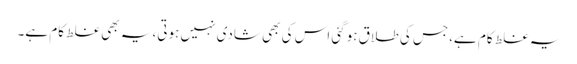
یہ غلط کام ہے،جس کی طلاق ہوگئی اس کی بھی شادی نہیں ہوتی، یہ بھی غلط کام ہے۔